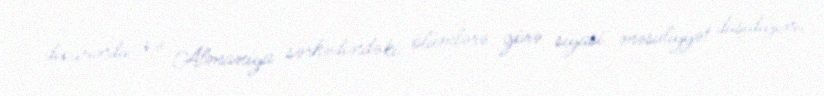
divarında və Almaniya sərhədindəki ölümlərə görə siyasi məsuliyyət daşıdığını,